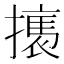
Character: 𢴶